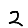
Digit: 2